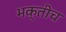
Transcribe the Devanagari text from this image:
भक्तीच